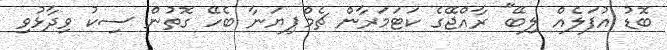
ބޮޑު އުފަލެއް ލިބޭ" ރާއްޖޭގެ ކަޓަމަރާން ޗެމްޕިޔަނާ ބެހޭ ގޮތުން ސިކު ވިދާޅުވި